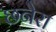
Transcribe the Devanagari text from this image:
छनेरा